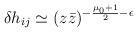
LaTeX: \begin{align*}\delta h_{ij} \simeq (z \bar z)^{-\frac{\mu_0+1}{2} -\epsilon}\end{align*}